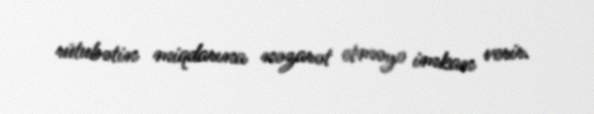
rütubətin miqdarına nəzarət etməyə imkan verir.